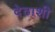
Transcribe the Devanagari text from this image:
देठाशी